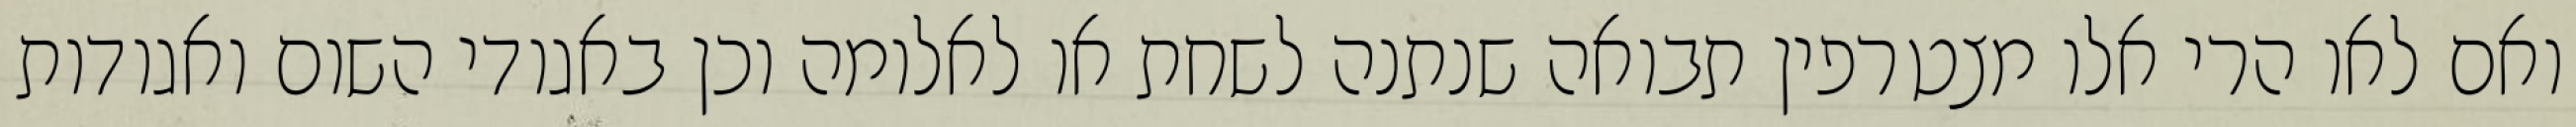
ואם לאו הרי אלו מצטרפין תבואה שנתנה לשחת או לאלומה וכן באגודי השום ואגודות